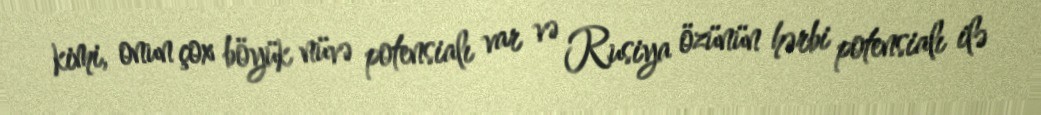
kimi, onun çox böyük nüvə potensialı var və Rusiya özünün hərbi potensialı ilə